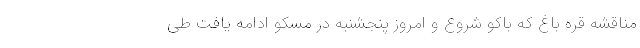
مناقشه قره باغ که باکو شروع و امروز پنجشنبه در مسکو ادامه یافت طی